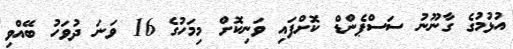
އުޅުމުގެ ގާނޫނު ސަސްޕެންޑް ކޮށްފައި ވަނިކޮށް މިމަހުގެ 16 ވަނަ ދުވަހު ބޭއްވި